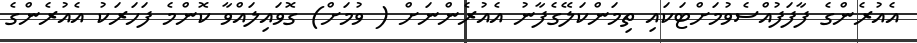
އެއުރެންގެ ފާފަފުއްސެވުމަށްޓަކައި ތިމަންކަލޭގެފާނު އެއުރެންނަށް ( ވުމަށް) ގޮވައިލައްވާ ކޮންމެ ފަހަރަކު އެއުރެންގެ